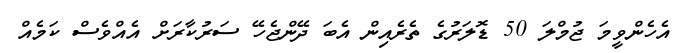
އެހެންވީމަ ޖުމްލަ 50 ޑޮލަރުގެ ތެރެއިން އެބަ ދޭންޖެހޭ ސަރުކާރަށް އެއްވެސް ކަމެއް